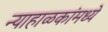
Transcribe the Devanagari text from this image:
न्याहाळकांमध्ये